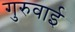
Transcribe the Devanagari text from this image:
गुरुवाई